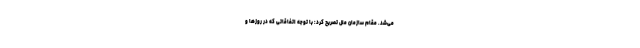
می‌شد. مقام سازمان ملل تصریح کرد: با توجه اتفاقاتی که در روزها و